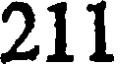
211